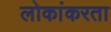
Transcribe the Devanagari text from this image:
लोकांकरता